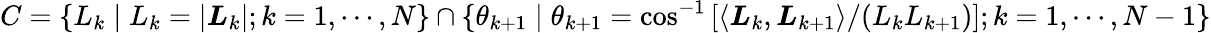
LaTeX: C=\{ L_{k}\mid L_{k}=|\boldsymbol{L}_{k}|;k=1,\cdots,N\} \cap\{ \theta_{k+1}\mid\theta_{k+1}=\cos^{-1}\left[\langle\boldsymbol{L}_{k},\boldsymbol{L}_{k+1}\rangle/(L_{k}L_{k+1})\right];k=1,\cdots,N-1\}